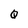
Character: Q